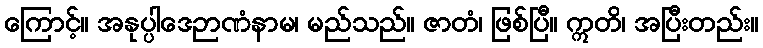
ကြောင့်။ အနုပ္ပါဒေဉာဏံနာမ၊ မည်သည်။ ဇာတံ၊ ဖြစ်ပြီ။ ဣတိ၊ အပြီးတည်း။